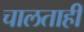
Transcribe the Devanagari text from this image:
चालताही